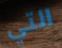
التي